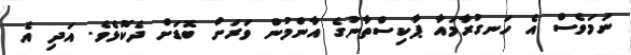
ނަމަވެސް އެ ހަނގުރާމައާ ޕާކިސްތާނުގެ އާންމުން ވަރަށް ބޮޑަށް ދެކޮޅެެވެ. އަދި އެ